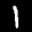
Label: 1